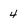
Character: 4